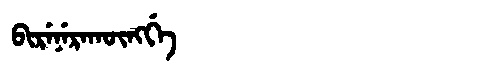
Manchu: ᠪᡳᡵᡝᠨᡝᡵᠠᡴᡡᠩᡤᡝ
Romanization: BIRENERAKŪNGGE